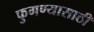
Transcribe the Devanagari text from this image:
फुगण्यासाठी